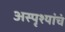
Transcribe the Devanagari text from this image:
अस्पृश्यांचं